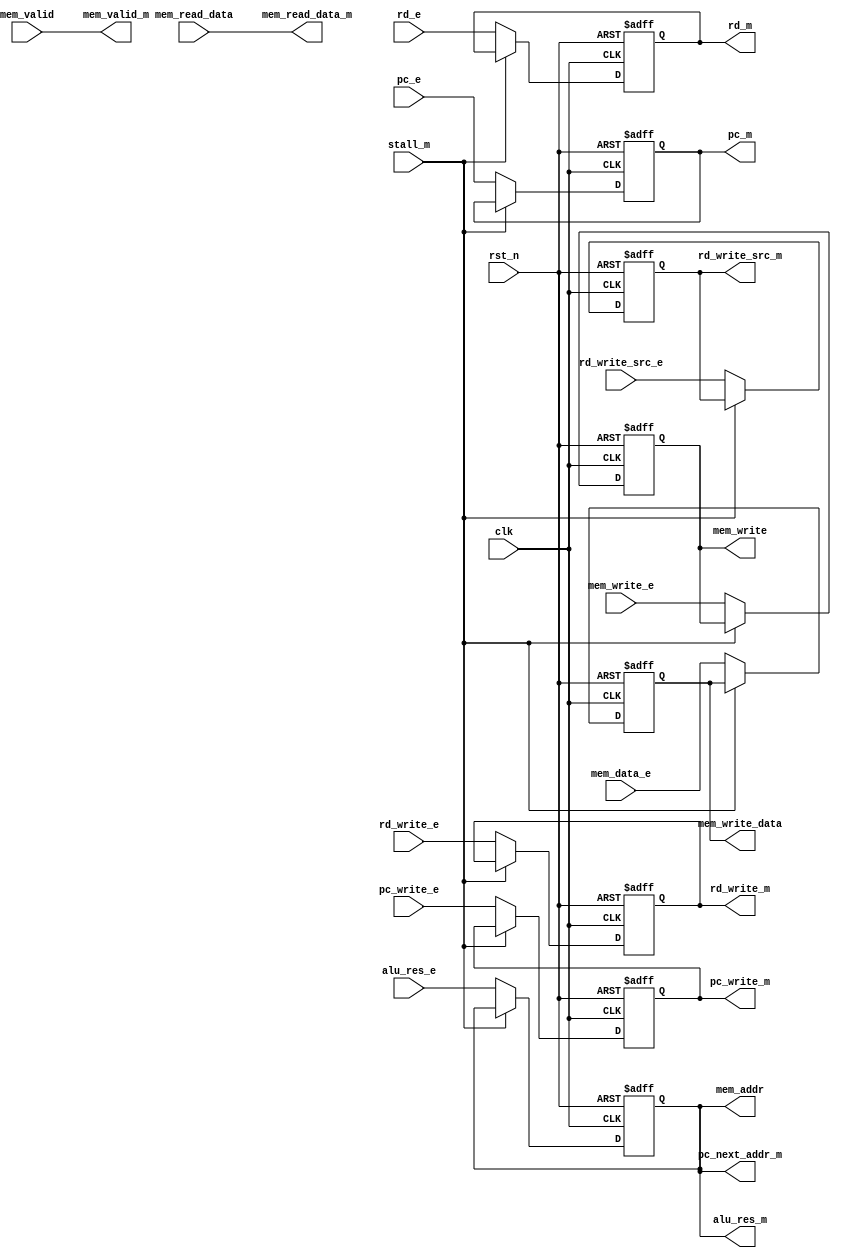
module memory
(
 input         rst_n,
 input         clk,
 // from execute stage:
 input         pc_write_e,
 input         rd_write_e,
 input [1:0]   rd_write_src_e,
 input         mem_write_e,
 input [4:0]   rd_e,
 input [31:0]  pc_e,
 input [31:0]  alu_res_e,
 input [31:0]  mem_data_e,
 // to writeback stage:
 output        pc_write_m,
 output [31:0] pc_next_addr_m,
 output        rd_write_m,
 output [1:0]  rd_write_src_m,
 output [4:0]  rd_m,
 output [31:0] pc_m,
 output [31:0] alu_res_m,
 output [31:0] mem_read_data_m,
 // to data memory:
 output [31:0] mem_write_data,
 output [31:0] mem_addr,
 output        mem_write,
 input         mem_valid,
 input [31:0]  mem_read_data,
 // to hazard unit:
 input         stall_m,
 output        mem_valid_m
 );

  /*AUTOREG*/
  // Beginning of automatic regs (for this module's undeclared outputs)
  reg [31:0]            alu_res_m;
  reg [31:0]            mem_read_data_m;
  reg [31:0]            pc_m;
  reg                   pc_write_m;
  reg [4:0]             rd_m;
  reg                   rd_write_m;
  reg [1:0]             rd_write_src_m;
  // End of automatics
  reg                   mem_write_m;
  reg [31:0]            mem_data_m;

  assign pc_next_addr_m = alu_res_m;

  // memory interface:
  assign mem_write_data = mem_data_m;
  assign mem_addr = alu_res_m;
  assign mem_write = mem_write_m;

  assign mem_read_data_m = mem_read_data;
  assign mem_valid_m = mem_valid;
          
  // PIPELINE:
  always @ (posedge clk or negedge rst_n) begin
    if (!rst_n) begin
      pc_write_m     <= 0;
      rd_write_m     <= 0;
      rd_write_src_m <= 0;
      mem_write_m    <= 0;
      rd_m           <= 0;
      pc_m           <= 0;
      alu_res_m      <= 0;
      mem_data_m     <= 0;
    end else if (!stall_m) begin
      pc_write_m     <= pc_write_e;
      rd_write_m     <= rd_write_e;
      rd_write_src_m <= rd_write_src_e;
      mem_write_m    <= mem_write_e;
      rd_m           <= rd_e;
      pc_m           <= pc_e;
      alu_res_m      <= alu_res_e;
      mem_data_m     <= mem_data_e;
    end
  end // always @ (posedge clk or negedge rst_n)
  
endmodule